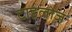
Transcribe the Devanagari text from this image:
टाइलोज